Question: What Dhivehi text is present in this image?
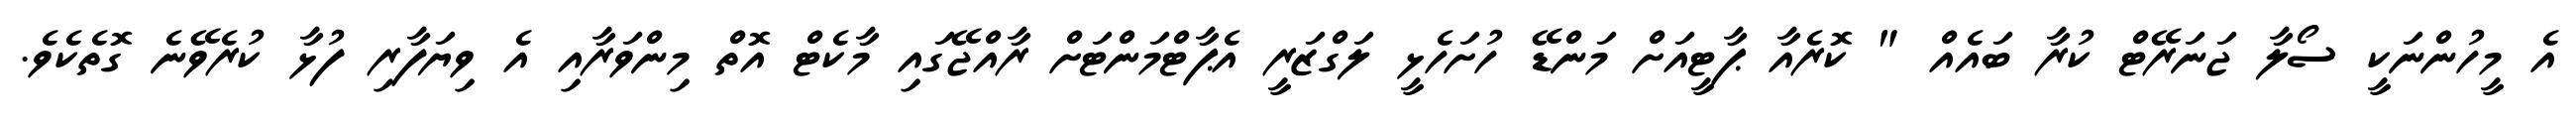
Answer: އެ މީހުންނަކީ ސޯލާ ޖަނަރޭޓް ކުރާ ބައެއް " ކޮރެއާ ޕާޓީއަށް މަންޑޭ ހުށަހެޅީ ލަގްޒަރީ އެޕާޓްމަންޓަށް ރާއްޖޭގައި މާކެޓް އޮތް މިންވަރާއި އެ ވިޔަފާރި ފުޅާ ކުރެވޭނެ ގޮތެކެވެ.